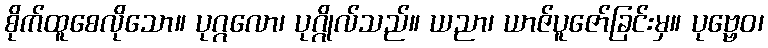
စိုက်ထူစေလိုသော။ ပုဂ္ဂလော၊ ပုဂ္ဂိုလ်သည်။ ယညာ၊ ယာဇ်ပူဇော်ခြင်းမှ။ ပုဗ္ဗေဝ၊